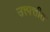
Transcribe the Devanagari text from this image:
उत्त्पत्तीत